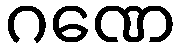
ဂဏေ